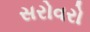
સરોવરો